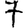
Digit: 7